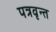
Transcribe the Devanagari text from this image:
पत्रवृन्त